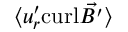
\langle u _ { r } ^ { \prime } \mathrm { c u r l } \vec { B ^ { \prime } } \rangle